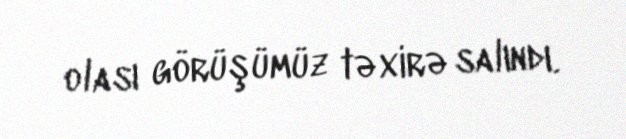
olası görüşümüz təxirə salındı.